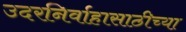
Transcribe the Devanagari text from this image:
उदरनिर्वाहासाठीच्या